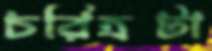
চরিত্রটা